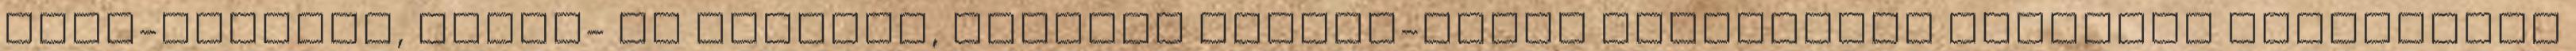
nász-rekamié, konté- an ötletes, szintén fekete-fehér kosztümjei kiválóan szolgálják